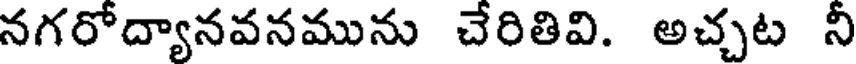
నగరోద్యానవనమును చేరితివి. అచ్చట నీ